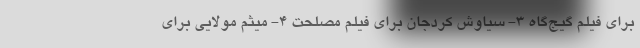
برای فیلم گیج‌گاه 3- سیاوش کردجان برای فیلم مصلحت 4- میثم مولایی برای